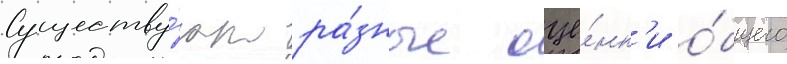
Существу́ют ра́зные оце́нк'и о́бщего